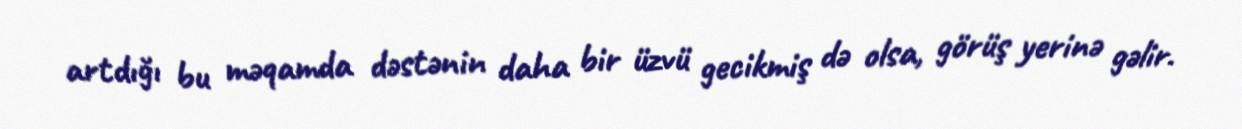
artdığı bu məqamda dəstənin daha bir üzvü gecikmiş də olsa, görüş yerinə gəlir.